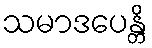
သမာဒပေန္တိ